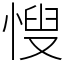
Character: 㥰